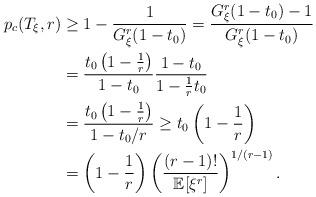
LaTeX: \begin{align*}p_c(T_\xi, r)&\geq 1 - \frac{1}{G_\xi^r(1-t_0)} = \frac{G_\xi^r(1-t_0) - 1}{G_\xi^r(1-t_0)} \\&=\frac{t_0 \left(1-\frac{1}{r}\right)}{1-t_0} \frac{1-t_0}{1-\frac{1}{r}t_0} \\& = \frac{t_0 \left(1-\frac{1}{r}\right)}{1-t_0/r} \geq t_0 \left(1- \frac{1}{r}\right) \\&= \left(1-\frac{1}{r}\right) \left(\frac{(r-1)!}{\mathbb{E}[\xi^r]} \right)^{1/(r-1)}.\end{align*}